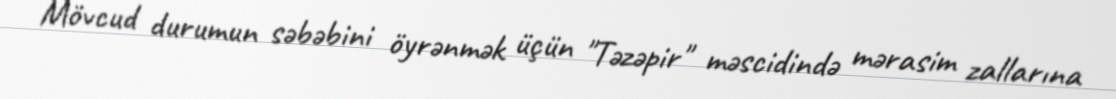
Mövcud durumun səbəbini öyrənmək üçün "Təzəpir" məscidində mərasim zallarına